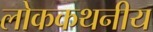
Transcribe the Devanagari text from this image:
लोककथनीय